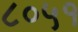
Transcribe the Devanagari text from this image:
८०५१